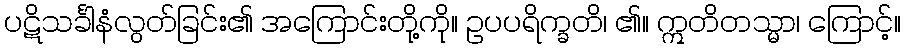
ပဋိသင်္ခါနံလွတ်ခြင်း၏ အကြောင်းတို့ကို။ ဥပပရိက္ခတိ၊ ၏။ ဣတိတသ္မာ၊ ကြောင့်။